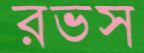
রভস